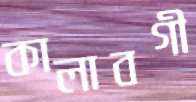
কালাবগী